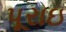
પૂરાઇ